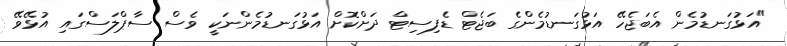
"އަޅުގަނޑުމެން އެބަޖެހޭ އަޅުގަނޑުމެންގެ ބަޖެޓް ޑެފިސިޓް ދަށްކޮށް އަޅުގަނޑުމެންނަކީ ވެސް ސާޕްލަސްގައި އުޅޭވޭ